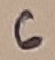
Text: 6